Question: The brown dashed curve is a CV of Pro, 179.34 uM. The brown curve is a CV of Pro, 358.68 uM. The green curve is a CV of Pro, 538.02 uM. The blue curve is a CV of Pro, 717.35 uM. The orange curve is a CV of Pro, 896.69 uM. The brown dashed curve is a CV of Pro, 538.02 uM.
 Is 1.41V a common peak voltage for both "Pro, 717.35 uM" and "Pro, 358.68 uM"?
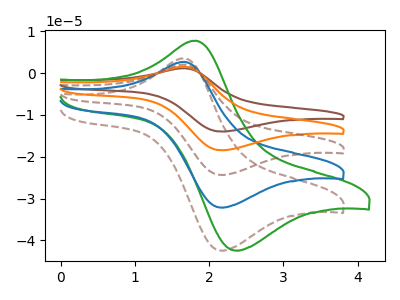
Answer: <think>The brown dashed curve "Pro, 179.34 uM" has an anodic peak at (1.65V, 3.55uA) and a cathodic peak at (2.15V, -42.45uA). The brown curve "Pro, 358.68 uM" has an anodic peak at (1.65V, 10.70uA) and a cathodic peak at (2.15V, -128.60uA). The green curve "Pro, 538.02 uM" has an anodic peak at (1.80V, 7.75uA) and a cathodic peak at (2.35V, -42.45uA). The blue curve "Pro, 717.35 uM" has an anodic peak at (1.65V, 2.70uA) and a cathodic peak at (2.15V, -32.15uA). The orange curve "Pro, 896.69 uM" has an anodic peak at (1.65V, 8.05uA) and a cathodic peak at (2.15V, -96.45uA). The brown dashed curve "Pro, 538.02 uM" has an anodic peak at (1.65V, 5.35uA) and a cathodic peak at (2.15V, -64.30uA).</think>
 <answer>No, "Pro, 717.35 uM" and "Pro, 358.68 uM" dont share a peak at 1.41V.</answer>
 <eval>mismatch</eval>